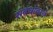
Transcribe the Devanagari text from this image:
संबंधांवरचे